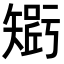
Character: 𥏾